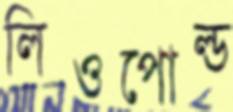
লিওপোল্ড